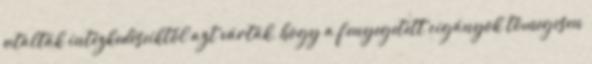
utalták intézkedéseiktől azt várták, hogy a fenyegetett cigányok tömegesen